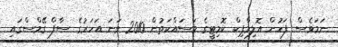
ނަމަވެސް ފަހުން އޮލިމްޕިކް ކޮމިޓީގެ މަސައްކަތުން 2010 ވަނަ އަހަރުގެ ސާފް ގޭމްސްގައި